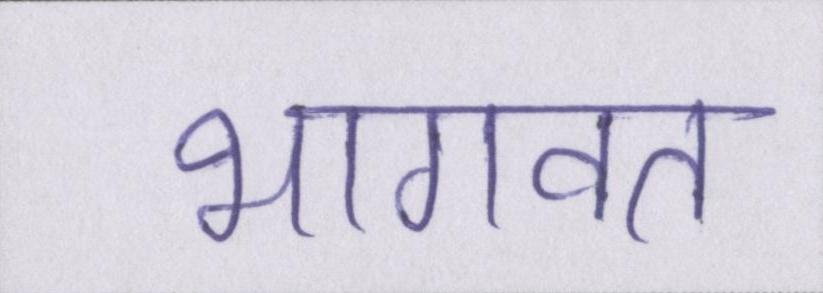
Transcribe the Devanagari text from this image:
भागवत